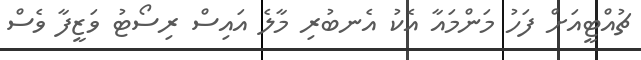
ޗުއްޓީއަށް ފަހު މަންމައާ އެކު އެނބުރި މާލެ އައިސް ރިސޯޓު ވަޒީފާ ވެސް